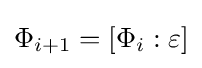
\Phi _{i+1}=[\Phi _{i}:\varepsilon ]